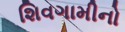
શિવગામીનો